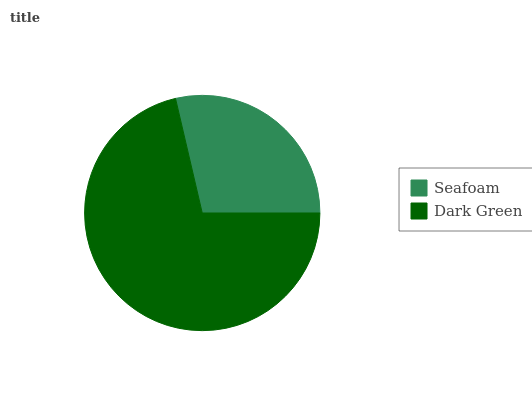
| Seafoam | Dark Green |
 | --- | --- |
 | 28.7% | 71.3% |